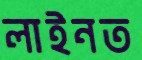
লাইনত